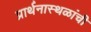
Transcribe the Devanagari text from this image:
प्रार्थनास्थळांची